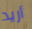
أريد